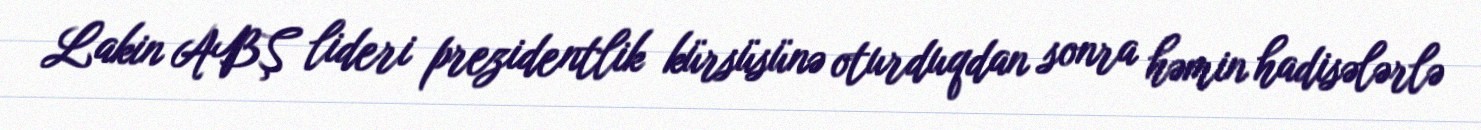
Lakin ABŞ lideri prezidentlik kürsüsünə oturduqdan sonra həmin hadisələrlə